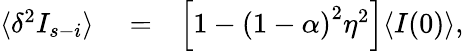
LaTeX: \begin{array}{rlr}{\langle\delta^{2}I_{s-i}\rangle}&{{}=}&{\left[1-\left(1-\alpha\right)^{2}\eta^{2}\right]\langle I(0)\rangle,}\end{array}